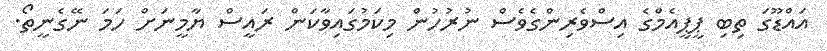
އައްޑޫގަ ތިބި ޕީޕީއެމްގެ އިސްވެރިންގެވެސް ނުރުހުން މިކަމުގައިވާކަން ރައީސް ޔާމީނަށް ހަމަ ނޭގެނީތޯ.